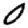
Digit: 0